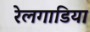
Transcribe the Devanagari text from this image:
रेलगाडिया